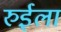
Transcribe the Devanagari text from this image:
रुईला